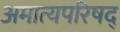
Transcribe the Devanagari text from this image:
अमात्यपरिषद्